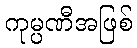
ကုမ္ပဏီအဖြစ်